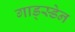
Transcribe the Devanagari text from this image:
गाड्स्डेन